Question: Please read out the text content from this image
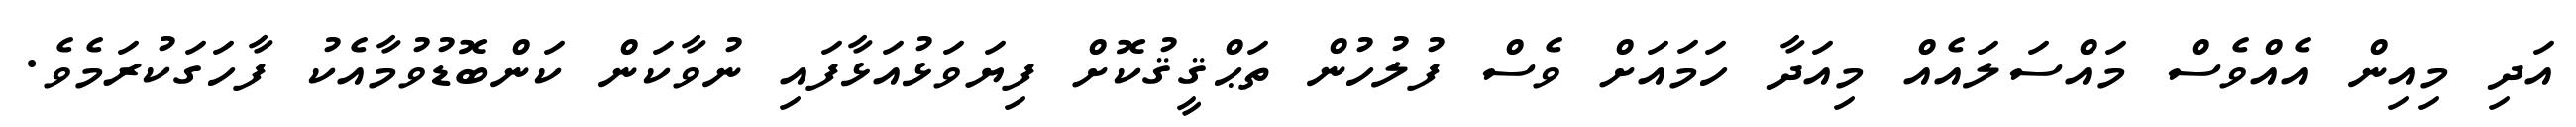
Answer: އަދި މިއިން އެއްވެސް މައްސަލައެއް މިއަދާ ހަމައަށް ވެސް ފުލުހުން ތަޙްޤީޤުކޮށް ފިޔަވަޅުއަޅާފައި ނުވާކަން ކަންބޮޑުވުމާއެކު ފާހަގަކުރަމެވެ.